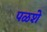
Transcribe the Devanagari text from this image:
पळशे